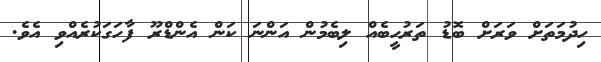
ހިދުމަތަށް ވަރަށް ބޮޑު ތަރުހީބެއް ލިބެމުން އަންނަ ކަން އެންޑްރޫ ފާހަގަކުރެއްވި އެވެ.